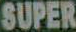
SUPER